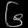
Digit: ၆